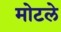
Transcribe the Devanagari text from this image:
मोटले